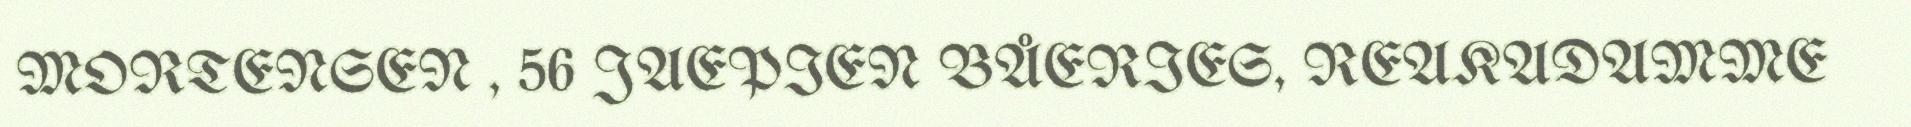
MORTENSEN , 56 JAEPIEN BÅERIES, REAKADAMME